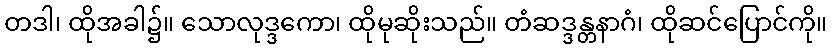
တဒါ၊ ထိုအခါ၌။ သောလုဒ္ဒကော၊ ထိုမုဆိုးသည်။ တံဆဒ္ဒန္တနာဂံ၊ ထိုဆင်ပြောင်ကို။